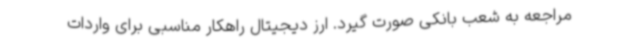
مراجعه به شعب بانکی صورت گیرد. ارز دیجیتال راهکار مناسبی برای واردات